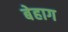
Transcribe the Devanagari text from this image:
बेहाग